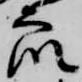
衆